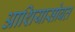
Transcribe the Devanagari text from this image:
आशियासोबत